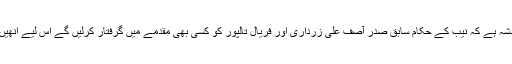
اُنھوں نے کہا کہ خدشہ ہے کہ نیب کے حکام سابق صدر آصف علی زرداری اور فریال تالپور کو کسی بھی مقدمے میں گرفتار کرلیں گے اس لیے اُنھیں ضمانت دی جائے۔